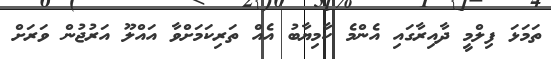
ތަމަޅަ ފިލްމީ ދާއިރާގައި އެންމެ ކާމިޔާބު އެއް ތަރިކަމަށްވާ އައްލޫ އަރުޖުން ވަރަށް